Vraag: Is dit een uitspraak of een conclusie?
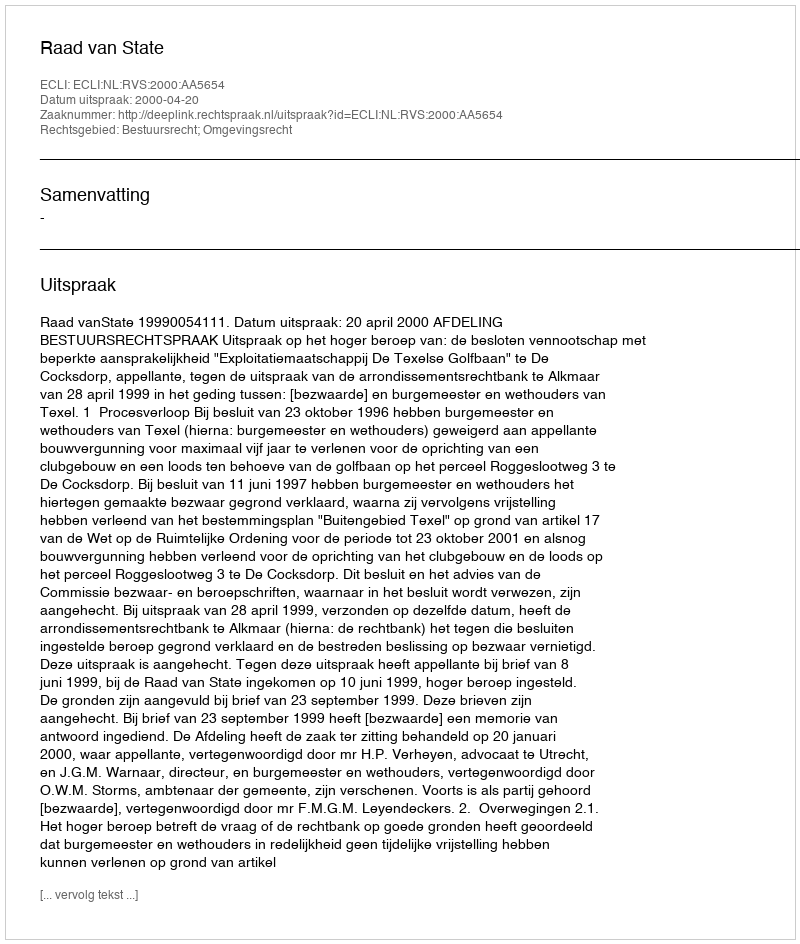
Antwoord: Uitspraak